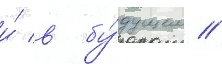
и́ в бу́дущем //